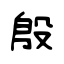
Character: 殷